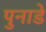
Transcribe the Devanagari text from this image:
पुनाडे